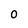
Character: 0